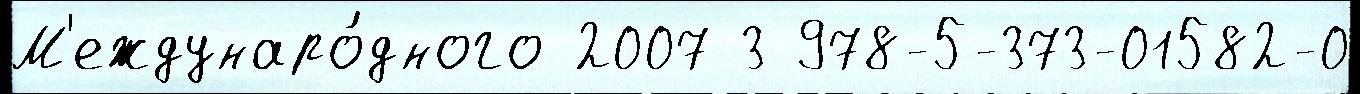
М'еждунаро́дного 2007 3 978-5-373-01582-0